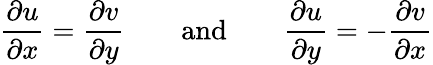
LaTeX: {\frac{\partial u}{\partial x}}={\frac{\partial v}{\partial y}}\qquad{\mathrm{and}}\qquad{\frac{\partial u}{\partial y}}=-{\frac{\partial v}{\partial x}}